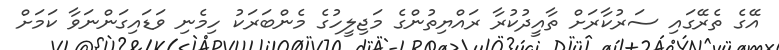
އޭގެ ތެރޭގައި ސަރުކާރަށް ތާއީދުކުރާ ރައްޔިތުންގެ މަޖިލީހުގެ މެންބަރަކު ހިމެނި ވަޑައިގަންނަވާ ކަމަށް